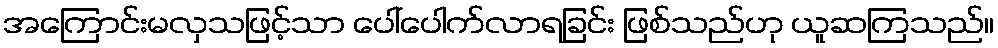
အကြောင်းမလှသဖြင့်သာ ပေါ်ပေါက်လာရခြင်း ဖြစ်သည်ဟု ယူဆကြသည်။